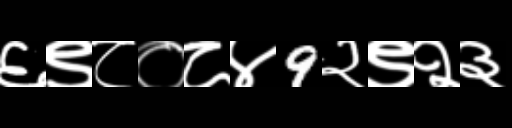
Text: ६९८०८४9२९२३